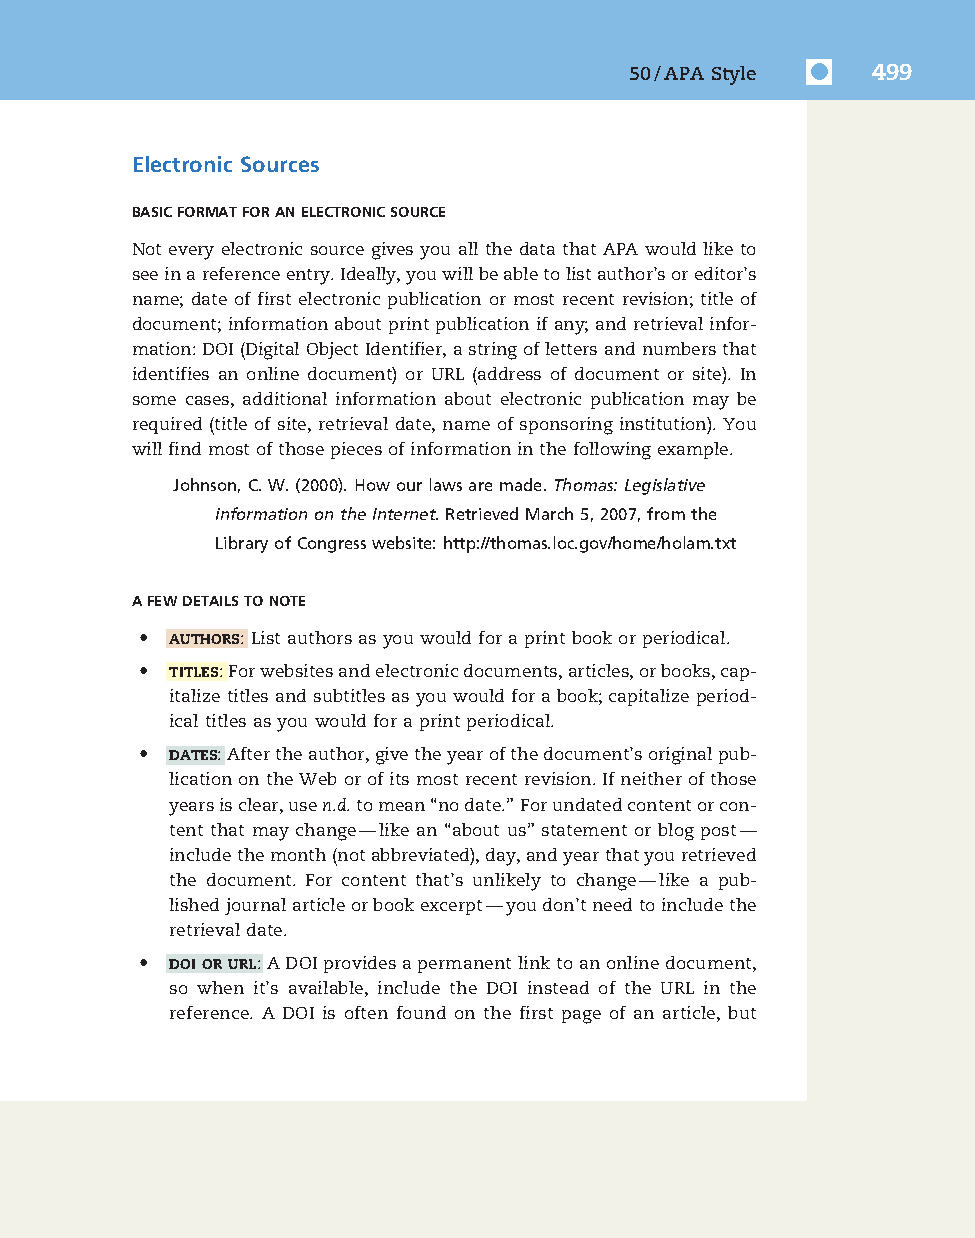
7830_50_p477-520_Q4-7:7830_50_p477-520_Q4-7 10/16/09 3:34 PM Page 499
 50/APA Style    499
 Electronic Sources
 BASICFORMATFORANELECTRONICSOURCE
 Not every electronic source gives you all the data that APA would like to
 seeinareferenceentry.Ideally,youwillbeabletolistauthor’soreditor’s
 name; date of first electronic publication or most recent revision; title of
 document;informationaboutprintpublicationifany;andretrievalinfor-
 mation:DOI(DigitalObjectIdentifier,astringoflettersandnumbersthat
 identifies an online document) or URL (address of document or site). In
 some cases, additional information about electronic publication may be
 required (title of site, retrieval date, name of sponsoring institution). You
 willfindmostofthosepiecesofinformationinthefollowingexample.
 Johnson,C.W.(2000).Howourlawsaremade.Thomas:Legislative
 informationontheInternet.RetrievedMarch5,2007,fromthe
 LibraryofCongresswebsite:http://thomas.loc.gov/home/holam.txt
 AFEWDETAILSTONOTE
 • AUTHORS:Listauthorsasyouwouldforaprintbookorperiodical.
 • TITLES:Forwebsitesandelectronicdocuments,articles,orbooks,cap-
 italizetitlesandsubtitlesasyouwouldforabook;capitalizeperiod-
 icaltitlesasyouwouldforaprintperiodical.
 • DATES:Aftertheauthor,givetheyearofthedocument’soriginalpub-
 licationontheWeborofitsmostrecentrevision.Ifneitherofthose
 yearsisclear,usen.d.tomean“nodate.” Forundatedcontentorcon-
 tent that may change—like an “about us” statement or blog post—
 includethemonth(notabbreviated),day,andyearthatyouretrieved
 the document. For content that’s unlikely to change—like a pub-
 lishedjournalarticleorbookexcerpt—youdon’tneedtoincludethe
 retrievaldate.
 • DOI OR URL:ADOIprovidesapermanentlinktoanonlinedocument,
 so when it’s available, include the DOI instead of the URL in the
 reference. A DOI is often found on the first page of an article, but